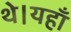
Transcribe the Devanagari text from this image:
थे।यहाँ